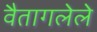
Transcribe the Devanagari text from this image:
वैतागलेले